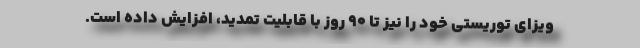
ویزای توریستی خود را نیز تا ۹۰ روز با قابلیت تمدید، افزایش داده است.